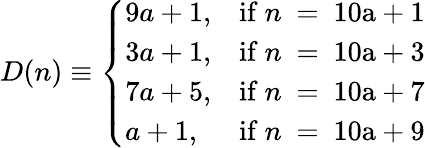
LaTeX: D(n)\equiv{\left\{ \begin{array}{ll}{9a+1,}&{{\mathrm{if~}}n{\mathrm{~=~10a+1}}}\\ {3a+1,}&{{\mathrm{if~}}n{\mathrm{~=~10a+3}}}\\ {7a+5,}&{{\mathrm{if~}}n{\mathrm{~=~10a+7}}}\\ {a+1,}&{{\mathrm{if~}}n{\mathrm{~=~10a+9}}}\end{array}\right.}